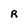
Character: R